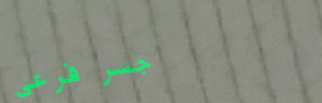
جسر فرعي